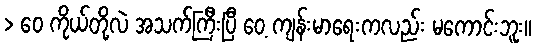
> ဝေ ကိုယ်တို့လဲ အသက်ကြီးပြီ ဝေ့ ကျန်းမာရေးကလည်း မကောင်းဘူး။